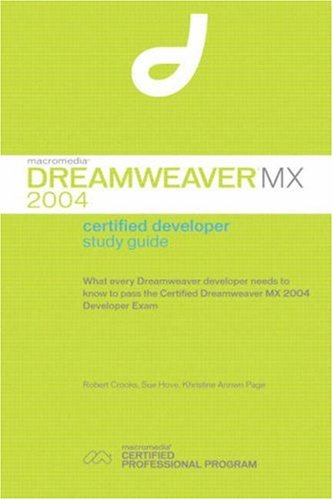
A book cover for Macromedia Dreamweaver MX 2004 Certified Developer Study Guide; Robert Crooks; Computers & Technology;